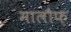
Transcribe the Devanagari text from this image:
मालौफ़